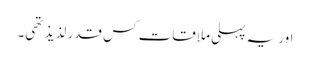
اور یہ پہلی ملاقات کس قدر لذیذ تھی۔